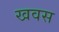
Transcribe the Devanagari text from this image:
खवस